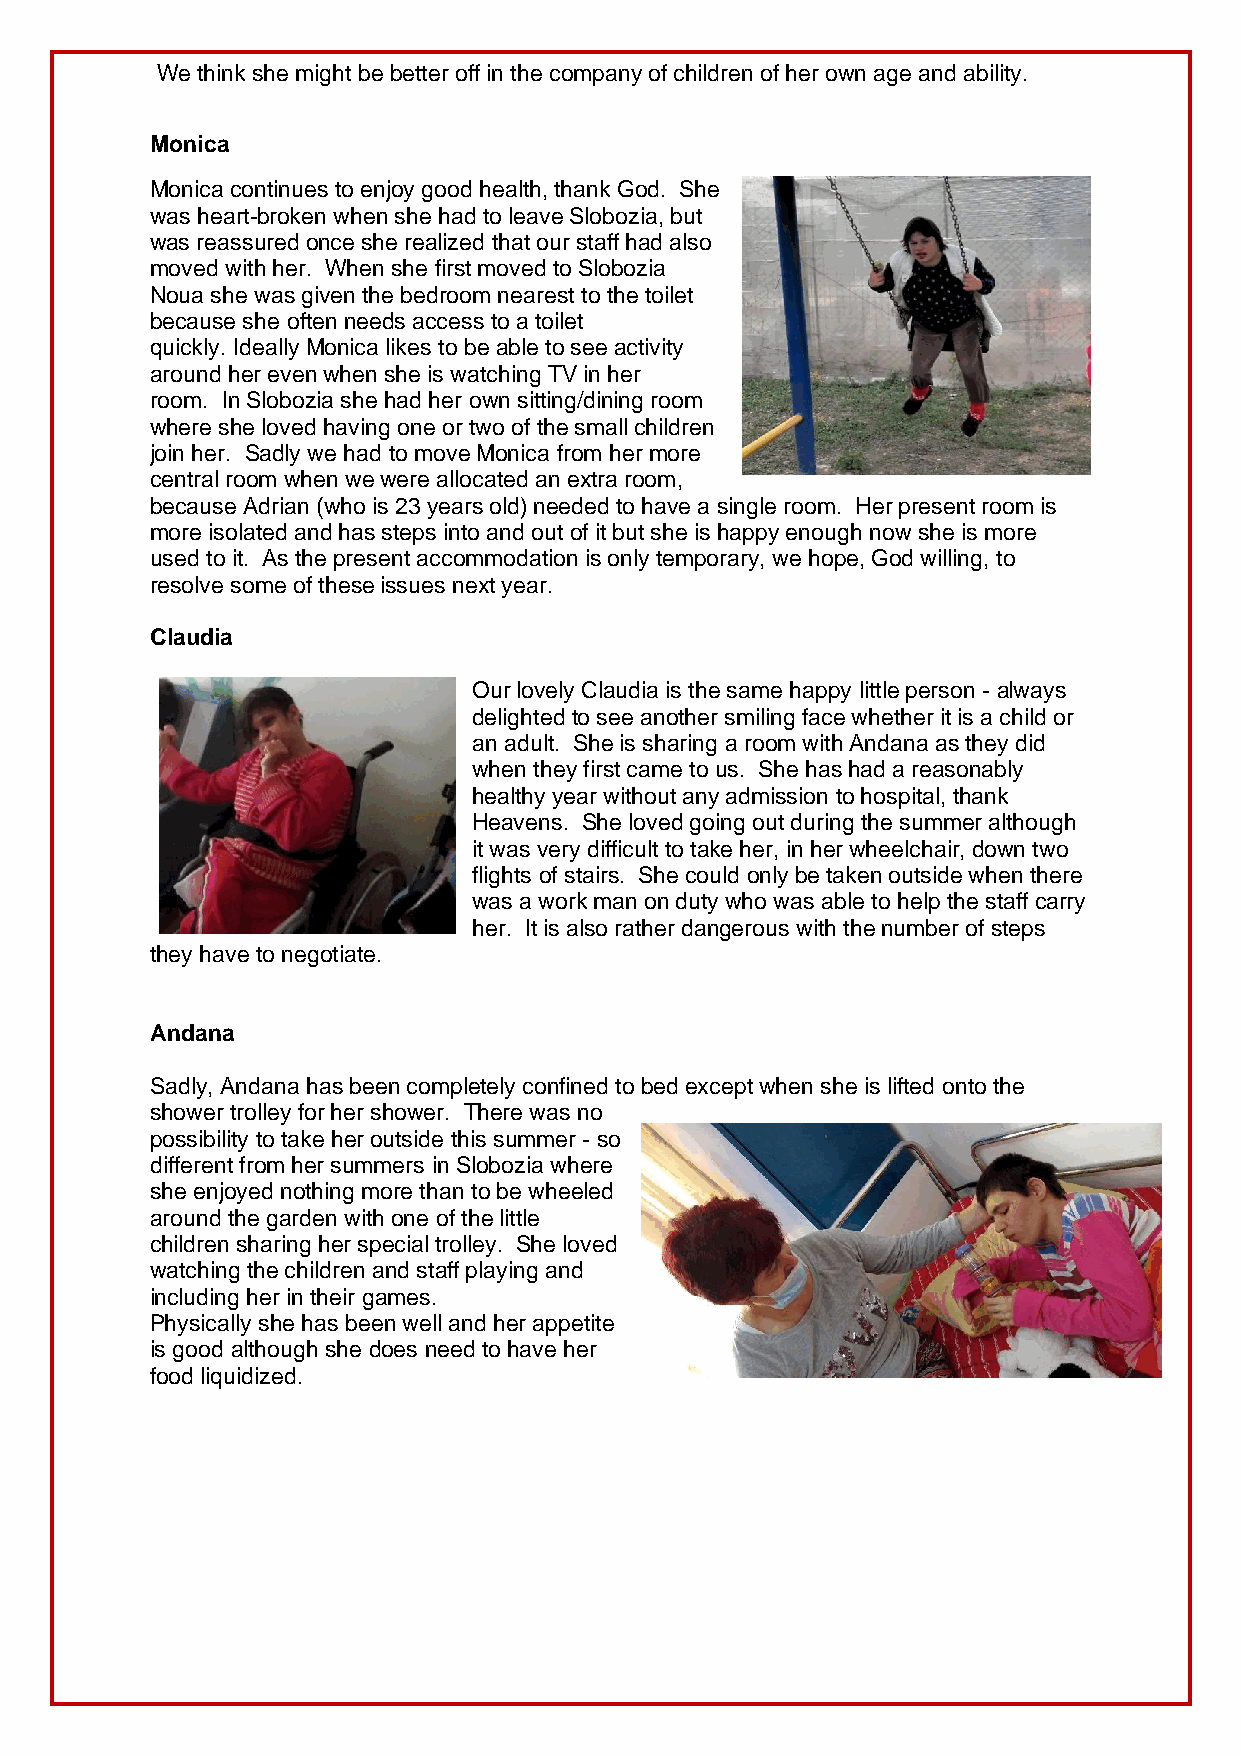
We think she might be better off in the company of children of her own age and ability.
 Monica
 Monica continues to enjoy good health, thank God. She
 was heart-broken when she had to leave Slobozia, but
 was reassured once she realized that our staff had also
 moved with her. When she first moved to Slobozia
 Noua she was given the bedroom nearest to the toilet
 because she often needs access to a toilet
 quickly. Ideally Monica likes to be able to see activity
 around her even when she is watching TV in her
 room. In Slobozia she had her own sitting/dining room
 where she loved having one or two of the small children
 join her. Sadly we had to move Monica from her more
 central room when we were allocated an extra room,
 because Adrian (who is 23 years old) needed to have a single room. Her present room is
 more isolated and has steps into and out of it but she is happy enough now she is more
 used to it. As the present accommodation is only temporary, we hope, God willing, to
 resolve some of these issues next year.
 Claudia
 Our lovely Claudia is the same happy little person - always
 delighted to see another smiling face whether it is a child or
 an adult. She is sharing a room with Andana as they did
 when they first came to us. She has had a reasonably
 healthy year without any admission to hospital, thank
 Heavens. She loved going out during the summer although
 it was very difficult to take her, in her wheelchair, down two
 flights of stairs. She could only be taken outside when there
 was a work man on duty who was able to help the staff carry
 her. It is also rather dangerous with the number of steps
 they have to negotiate.
 Andana
 Sadly, Andana has been completely confined to bed except when she is lifted onto the
 shower trolley for her shower. There was no
 possibility to take her outside this summer - so
 different from her summers in Slobozia where
 she enjoyed nothing more than to be wheeled
 around the garden with one of the little
 children sharing her special trolley. She loved
 watching the children and staff playing and
 including her in their games.
 Physically she has been well and her appetite
 is good although she does need to have her
 food liquidized.